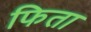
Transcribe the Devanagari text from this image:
फिता